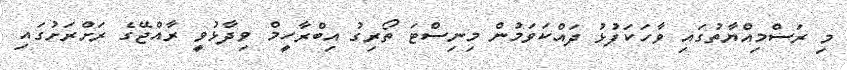
މި ރަސްމިއްޔާތުގައި ވާހަކަފުޅު ދައްކަވަމުން މިނިސްޓަ ތޯރިގު އިބްރާހީމް ވިދާޅުވީ ރާއްޖޭގެ ރަށްރަށުގައި